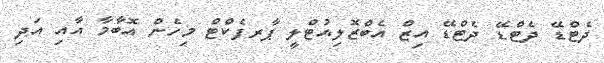
ދެޓްޑޭ ދެޓްޑޭ ދެޓްޑޭ އިޒް އެބްޒޮލިއުޓްލީ ޕާރފެކްޓް މިހެން އޮބާމާ އާއި އަދި